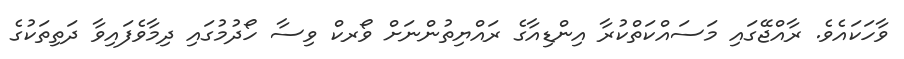
ވާހަކައެވެ. ރާއްޖޭގައި މަސައްކަތްކުރާ އިންޑިއާގެ ރައްޔިތުންނަށް ވޯރކް ވިސާ ހޯދުމުގައި ދިމާވެފައިވާ ދަތިތަކުގެ